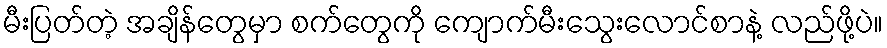
မီးပြတ်တဲ့ အချိန်တွေမှာ စက်တွေကို ကျောက်မီးသွေးလောင်စာနဲ့ လည်ဖို့ပဲ။